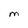
Character: M